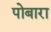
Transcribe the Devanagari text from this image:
पोबारा